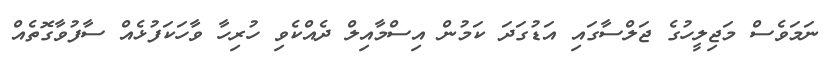
ނަމަވެސް މަޖިލީހުގެ ޖަލްސާގައި އަޑުގަދަ ކަމުން އިސްމާއިލް ދެއްކެވި ހުރިހާ ވާހަކަފުޅެއް ސާފުވާގޮތެއް